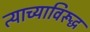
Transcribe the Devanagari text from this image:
त्याच्याविरूद्ध